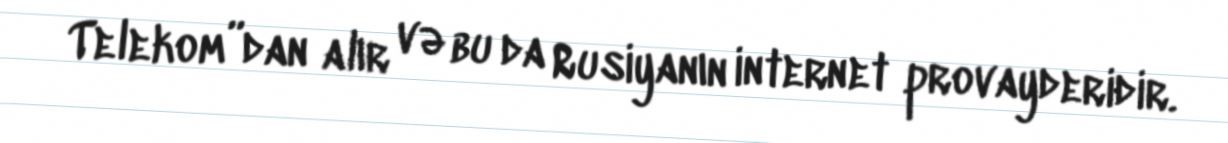
Telekom”dan alır və bu da Rusiyanın internet provayderidir.